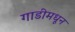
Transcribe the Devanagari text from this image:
गाडीमधून